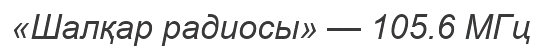
«Шалқар радиосы» — 105.6 МГц